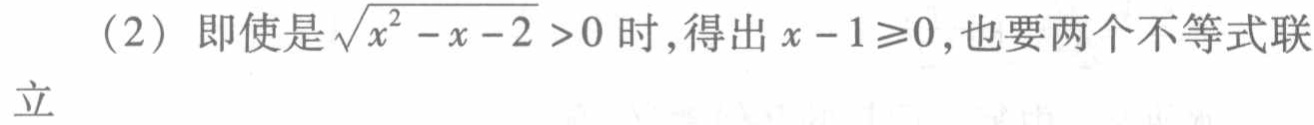
（2）即使是\(\sqrt{x^{2}-x - 2}>0\)时,得出\(x - 1\geqslant0\),也要两个不等式联立